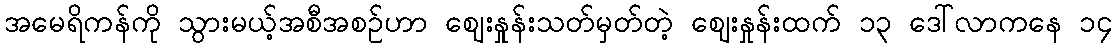
အမေရိကန်ကို သွားမယ့်အစီအစဉ်ဟာ ဈေးနှုန်းသတ်မှတ်တဲ့ ဈေးနှုန်းထက် ၁၃ ဒေါ်လာကနေ ၁၄